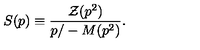
S ( p ) \equiv { \frac { { \cal Z } ( p ^ { 2 } ) } { { p / } - M ( p ^ { 2 } ) } } .